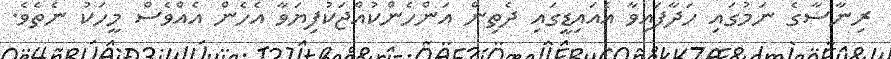
ރިނާސާގެ ނަމުގައި ހަދާފައިވާ އެއައިޑީގައި ދެތިން އަންހެންކުއްޖަކުފިޔަވާ އެހެން އެއްވެސް މީހަކު ނެތެވެ.